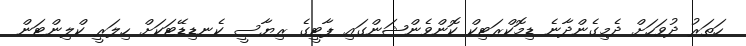
ހަތަރު ދުވަހަށް ދެމިގެންދާނެ ޑިމޮކްރަޓިކް ކޮންވެންޝަންގައި ޕާޓީގެ ރިޔާސީ ކެނޑިޑޭޓަކަށް ހިލަރީ ކްލިންޓަން